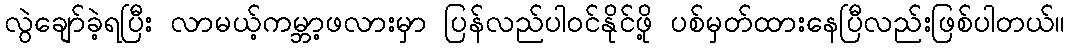
လွဲချော်ခဲ့ရပြီး လာမယ့်ကမ္ဘာ့ဖလားမှာ ပြန်လည်ပါဝင်နိုင်ဖို့ ပစ်မှတ်ထားနေပြီလည်းဖြစ်ပါတယ်။